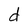
Character: d